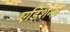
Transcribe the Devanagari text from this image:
एडिशन्स